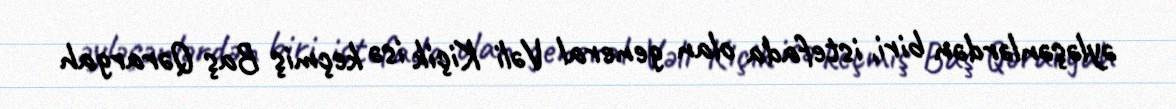
əyləşənlərdən biri, istefada olan general Vəli Kiçik isə keçmiş Baş Qərargah